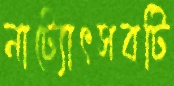
নাট্যোৎসবটি